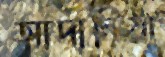
আদানিয়া